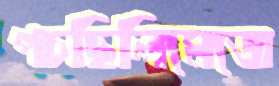
পচছিলিমেজে